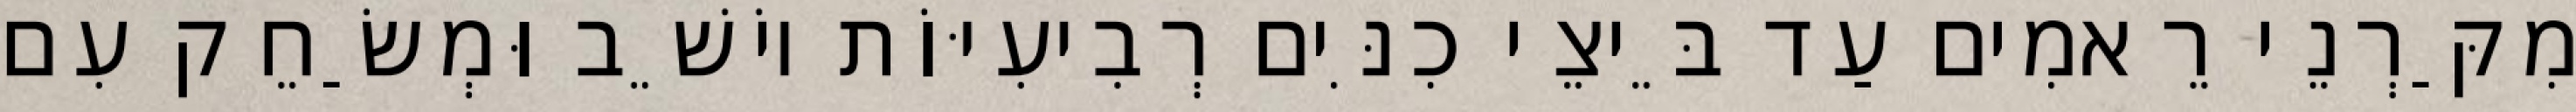
מִקַּרְנֵי רֵאמִים עַד בֵּיצֵי כִנִּים רְבִיעִיּוֹת יוֹשֵׁב וּמְשַׂחֵק עִם